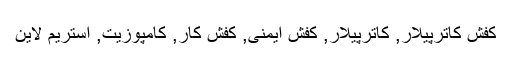
کفش کاترپیلار, کاترپیلار, کفش ایمنی, کفش کار, کامپوزیت, استریم لاین